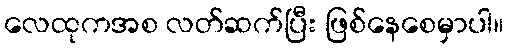
လေထုကအစ လတ်ဆက်ပြီး ဖြစ်နေစေမှာပါ။